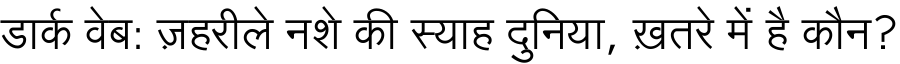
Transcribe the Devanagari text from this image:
डार्क वेब: ज़हरीले नशे की स्याह दुनिया, ख़तरे में है कौन?